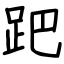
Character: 跁